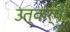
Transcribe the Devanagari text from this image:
उत्कर्षी